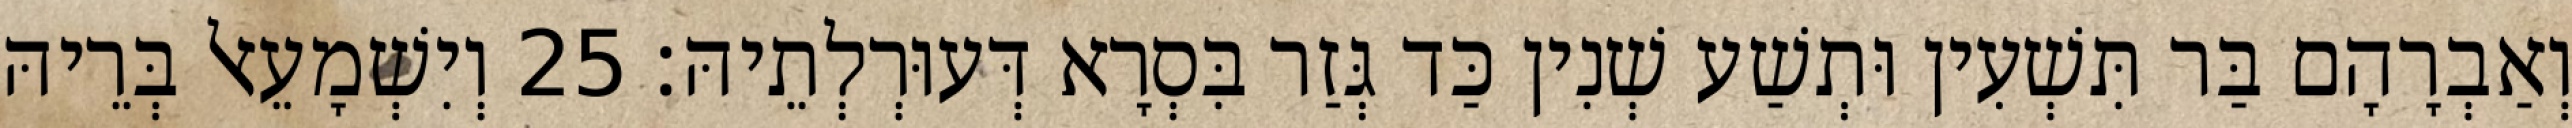
וְאַבְרָהָם בַּר תִּשְׁעִין וּתְשַׁע שְׁנִין כַּד גְּזַר בִּסְרָא דְּעוּרְלְתֵיהּ׃ 25 וְיִשְׁמָעֵאל בְּרֵיהּ